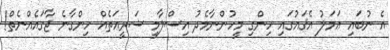
އެ ނުބައި ޢަމަލު އެޤައުގައި ހިންގި މީހުންނާމެދު އިސްލާމީ ޝަރީޢަތެއް ހިންގާނެ ޖާގައެއްނެތް!